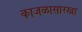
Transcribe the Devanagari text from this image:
काजळासारखा